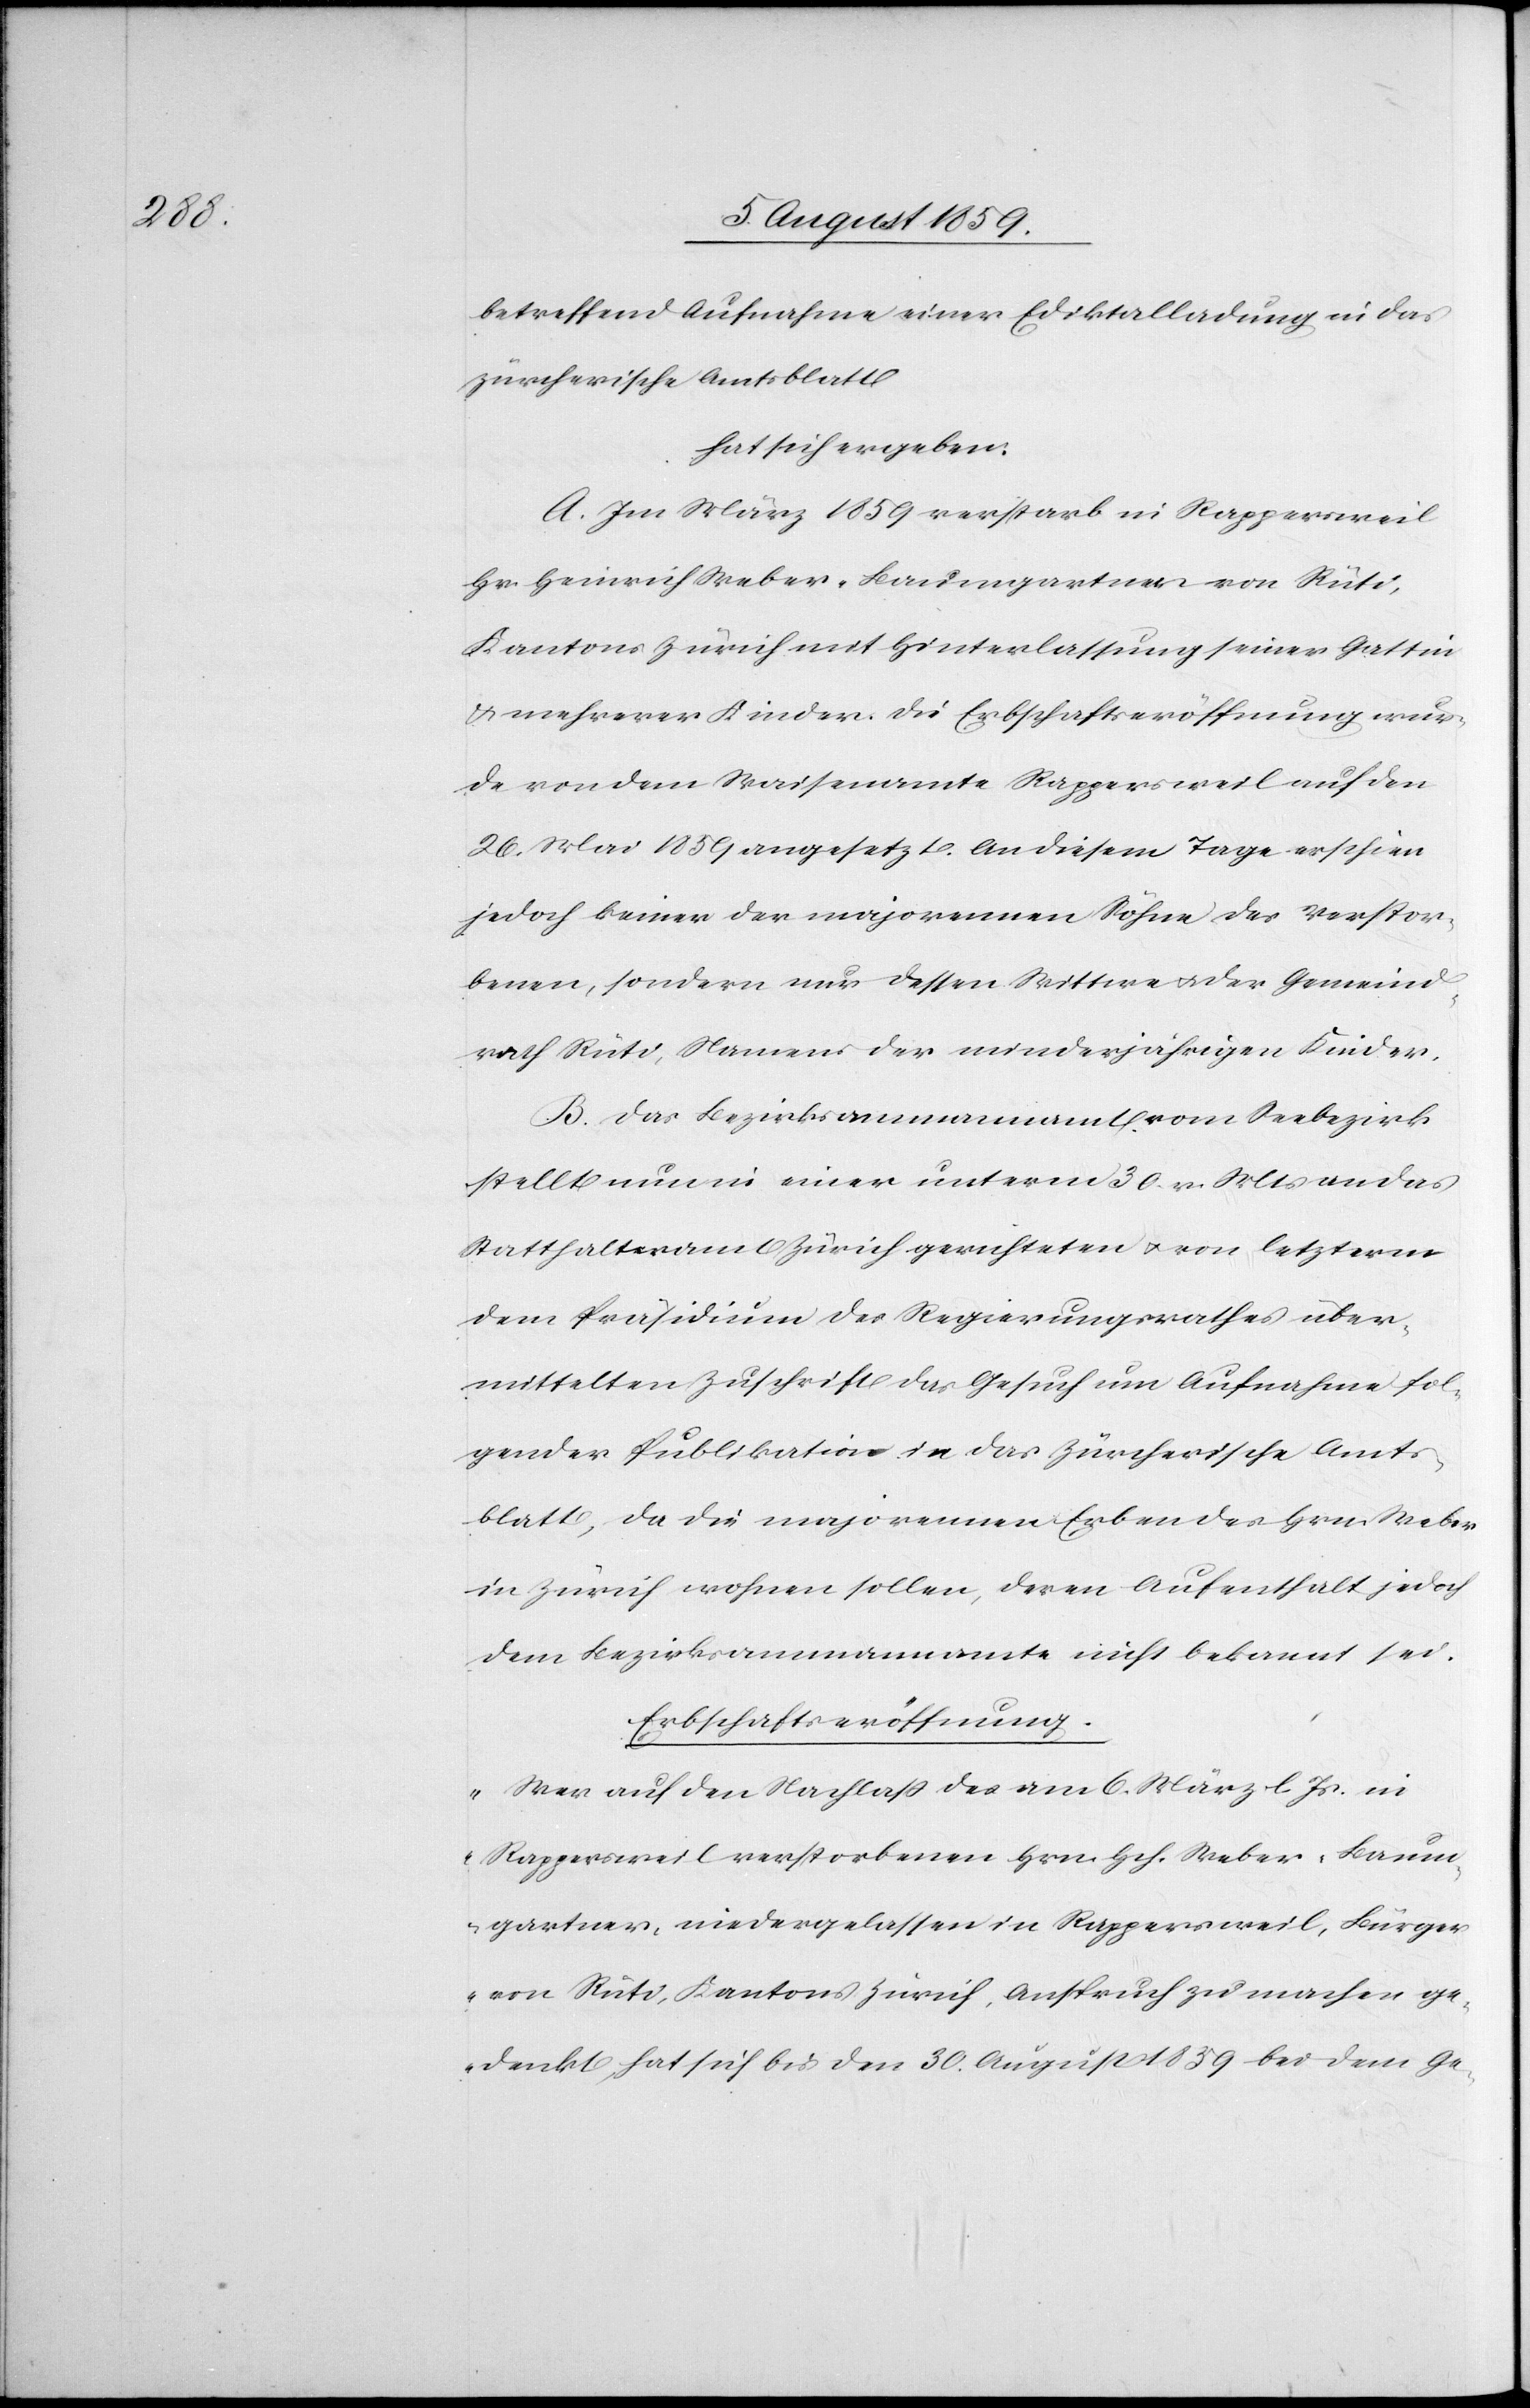
betreffend Aufnahme einer Ediktalladung in das
zürcherische Amtsblatt
hat sich ergeben:
A. Im März 1859 verstarb in Rappersweil
Hr. Heinrich Weber-Baumgartner von Rüti,
Kanton Zürich mit Hinterlassung seiner Gattin
u. mehrerer Kinder. Die Erbschaftseröffnung wur¬
de von dem Waisenamte Rappersweil auf den
26. Mai 1859 angesetzt. An diesem Tage erschien
jedoch keiner der majorennen Söhne des Verstor¬
benen, sondern nur dessen Wittwe u. der Gemeind¬
rath Rüti, Namens der minderjährigen Kinder.
B. Das Bezirksammannamt vom Seebezirk
stellt nun in einer unterm 30. v. Mts. an das
Statthalteramt Zürich gerichteten u. von letzterm
dem Präsidium des Regierungsrathes über¬
mittelten Zuschrift das Gesuch um Aufnahme fol¬
gender Publikation in das Zürcherische Amts¬
blatt, da die majorennen Erben des Hrn. Weber
in Zürich wohnen sollen, deren Aufenthalt jedoch
dem Bezirksammannamte nicht bekannt sei.
Erbschaftseröffnung.
„Wer auf den Nachlaß des am 6. März l. Js. in
Rappersweil verstorbenen Hrn. Hch. Weber-Baum¬
gartner, niedergelassen in Rappersweil, Bürger
von Rüti, Kantons Zürich, Anspruch zu machen ge¬
denkt, hat sich bis den 30. August 1859 bei dem Ge-